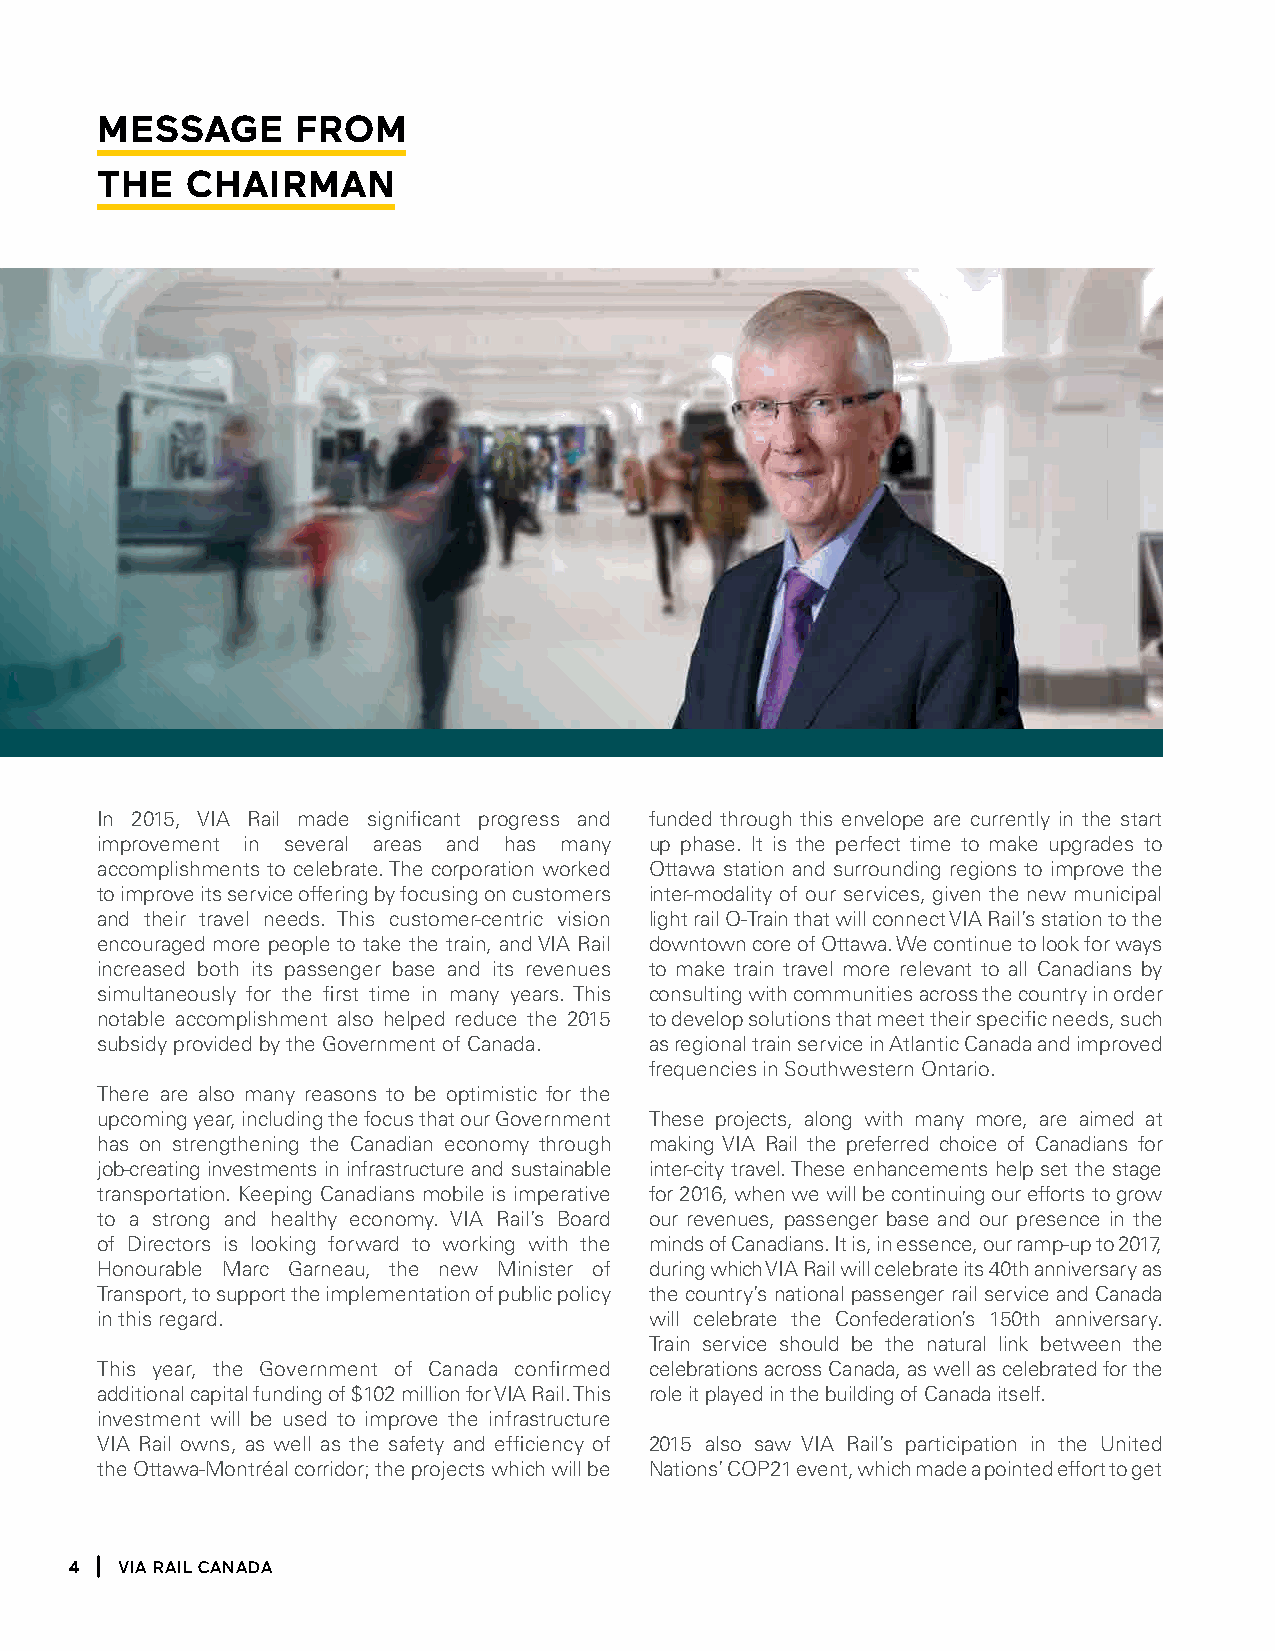
message       from
 the   Chairman
 In 2015, VIA Rail made significant progress and funded through this envelope are currently in the start
 improvement in several areas and has many up phase. lt is the perfect time to make upgrades to
 accomplishments to celebrate. The corporation worked Ottawa station and surrounding regions to improve the
 to improve its service offering by focusing on customers inter-modality of our services, given the new municipal
 and their travel needs. This customer-centric vision light rail O-Train that will connect VIA Rail’s station to the
 encouraged more people to take the train, and VIA Rail downtown core of Ottawa. We continue to look for ways
 increased both its passenger base and its revenues to make train travel more relevant to all Canadians by
 simultaneously for the first time in many years. This consulting with communities across the country in order
 notable accomplishment also helped reduce the 2015 to develop solutions that meet their specific needs, such
 subsidy provided by the Government of Canada. as regional train service in Atlantic Canada and improved
 frequencies in Southwestern Ontario.
 There are also many reasons to be optimistic for the
 upcoming year, including the focus that our Government These projects, along with many more, are aimed at
 has on strengthening the Canadian economy through making VIA Rail the preferred choice of Canadians for
 job-creating investments in infrastructure and sustainable inter-city travel. These enhancements help set the stage
 transportation. Keeping Canadians mobile is imperative for 2016, when we will be continuing our efforts to grow
 to a strong and healthy economy. VIA Rail’s Board our revenues, passenger base and our presence in the
 of Directors is looking forward to working with the minds of Canadians. It is, in essence, our ramp-up to 2017,
 Honourable Marc Garneau, the new Minister of during which VIA Rail will celebrate its 40th anniversary as
 Transport, to support the implementation of public policy the country’s national passenger rail service and Canada
 in this regard.                      will celebrate the Confederation’s 150th anniversary.
 Train service should be the natural link between the
 This year, the Government of Canada confirmed celebrations across Canada, as well as celebrated for the
 additional capital funding of $102 million for VIA Rail. This role it played in the building of Canada itself.
 investment will be used to improve the infrastructure
 VIA Rail owns, as well as the safety and efficiency of 2015 also saw VIA Rail’s participation in the United
 the Ottawa-Montréal corridor; the projects which will be Nations’ COP21 event, which made a pointed effort to get
 4  Via Rail Canada